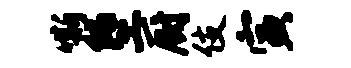
嘶堕厨伎寅